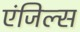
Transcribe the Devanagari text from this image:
एंजिल्स